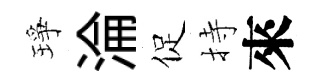
琤淪促持來